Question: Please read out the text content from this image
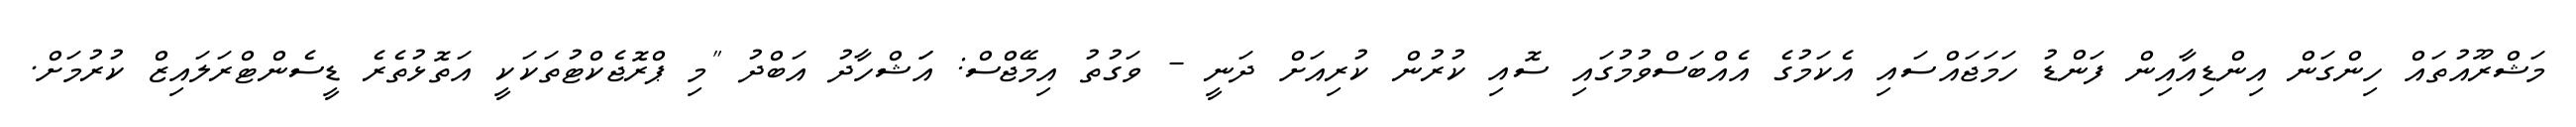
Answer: މަޝްރޫއުތައް ހިންގަން އިންޑިއާއިން ފަންޑު ހަމަޖައްސައި އެކަމުގެ އެއްބަސްވުމުގައި ސޮއި ކުރުން ކުރިއަށް ދަނީ - ވަގުތު އިމޭޖްސް: އަަޝްހާދު އަބްދު "މި ޕްރޮޖެކްޓުތަކަކީ އަތޮޅުތެރެ ޑީސެންޓްރަލައިޒް ކުރުމަށް.